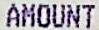
AMOUNT